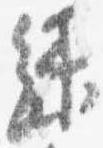
緑